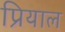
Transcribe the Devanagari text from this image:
प्रियाल